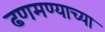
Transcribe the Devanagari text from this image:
ढणमण्याच्या